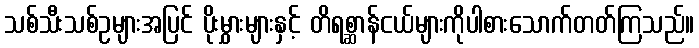
သစ်သီးသစ်ဥများအပြင် ပိုးမွှားများနှင့် တိရစ္ဆာန်ငယ်များကိုပါစားသောက်တတ်ကြသည်။